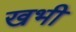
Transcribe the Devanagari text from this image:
खभी